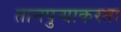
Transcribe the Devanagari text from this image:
तानपुऱ्याकरता